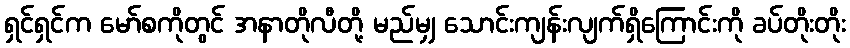
ရှင်ရှင်က မော်စကိုတွင် အနာတိုလီတို့ မည်မျှ သောင်းကျန်းလျက်ရှိကြောင်းကို ခပ်တိုးတိုး